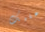
عليك